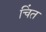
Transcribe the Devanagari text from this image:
चिंत